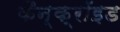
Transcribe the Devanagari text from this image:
कैन्क्रॉइड